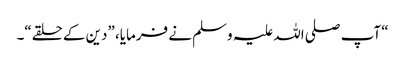
“ آپ صلی اللہ علیہ وسلم نے فرمایا، ”دین کے حلقے“۔